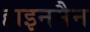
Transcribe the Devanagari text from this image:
हाइनमैन